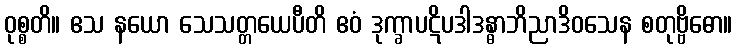
ဝုစ္စတိ။ ဧသ နယော သေသတ္တယေပီတိ ဧဝံ ဒုက္ခာပဋိပဒါဒန္ဓာဘိညာဒိဝသေန စတုဗ္ဗိဓော။